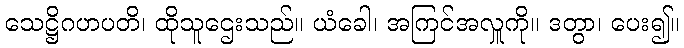
သေဋ္ဌိဂဟပတိ၊ ထိုသူဌေးသည်။ ယံခေါ၊ အကြင်အလှူကို။ ဒတွာ၊ ပေး၍။